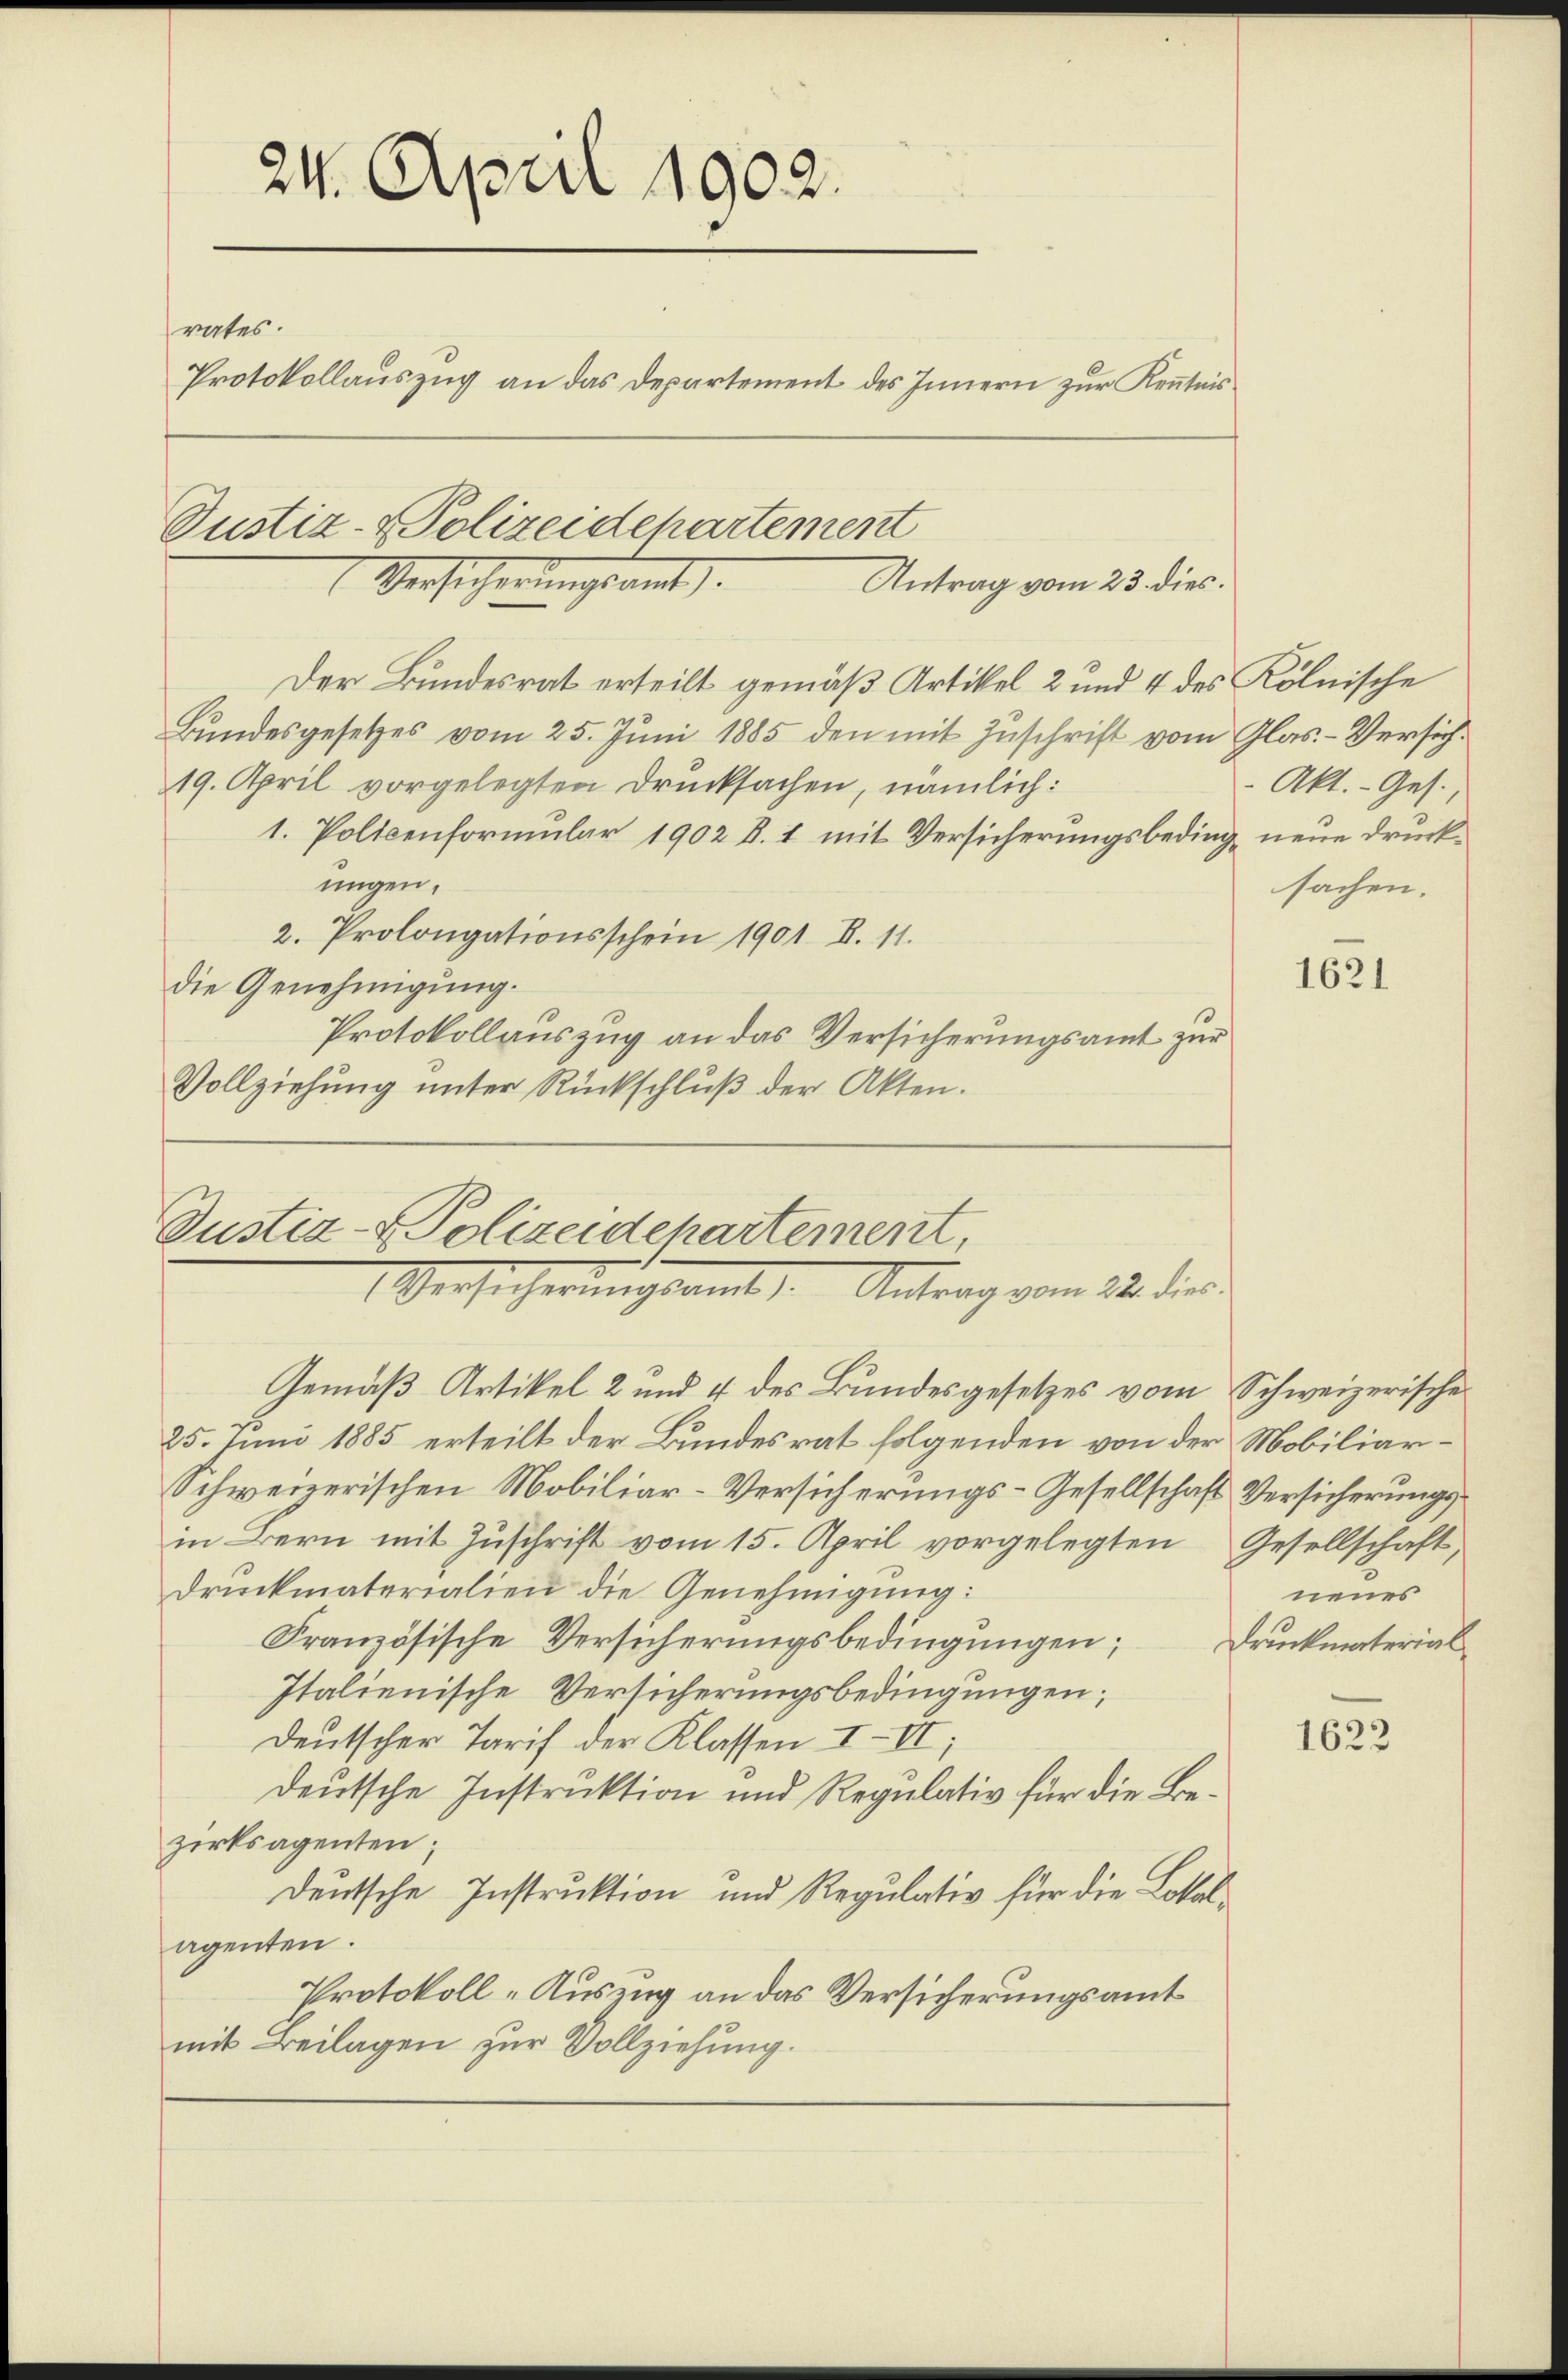
24. April 1902.
rates.
Protokollauszug an das Departement des Innern zur Kenntnis

Justiz- & Polizeidepartement
Versicherungsamt
Antrag vom 23. dies.

Der Bundesrat erteilt gemäß Artikel 2 und 4 des Kölnische
Bundesgesetzes vom 25. Juni 1885 den mit Zuschrift vom Glas. - Versich¬
19. April vorgelegten Drucksachen, nämlich:
1. Policenformular 1902 d. 1 mit Versicherungsbeding neue Druckungen.
2. Prolongationsschein 1901 S. 11.
die Genehmigŭng.
Protokollauszug an das Versicherungsamt zur
Vollziehung unter Rückschlŭβ der Akten.

Justiz- & Polizeidepartement,
Versicherungsamt Antrag vom 22. die

Gemäß Artikel 2 und 4 des Bundesgesetzes vom Schweizerische
25. Juni 1885 erteilt der Bundesrat folgenden von der Mobiliar¬
Schweizerischen Mobiliar-Versicherungs-Gesellschaft Versicherungsin Bern mit Zuschrift vom 15. April vorgelegten Gesellschaft,
Druckmaterialien die Genehmigung:
Französische Versicherungsbedingungen Druckmaterial
Italienische Versicherungsbedingungen;
deutscher Tarif der Klassen III,
deutsche Instruktion und Regulativ für die Bezirksagenten;
deutsche Instruktion und Regulativ für die Lokalagenten.
Protokoll-Auszug an das Versicherungsamt
mit Beilagen zur Vollziehung.

Akt. - Ges.
sachen.

1621

neues

1623